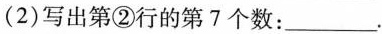
(2)写出第②行的第7个数：___.